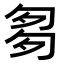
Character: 𠣨